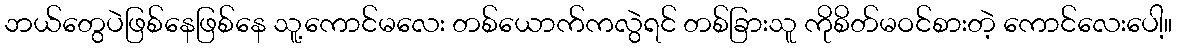
ဘယ်တွေပဲဖြစ်နေဖြစ်နေ သူ့ကောင်မလေး တစ်ယောက်ကလွဲရင် တစ်ခြားသူ ကိုစိတ်မဝင်စားတဲ့ ကောင်လေးပေါ့။